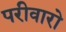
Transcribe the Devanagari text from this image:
परीवारो